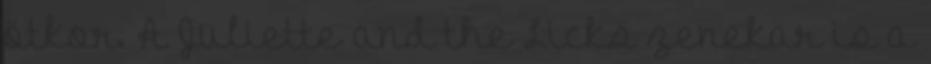
ötkor. A Juliette and the Licks zenekar is a